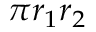
\pi r _ { 1 } r _ { 2 }